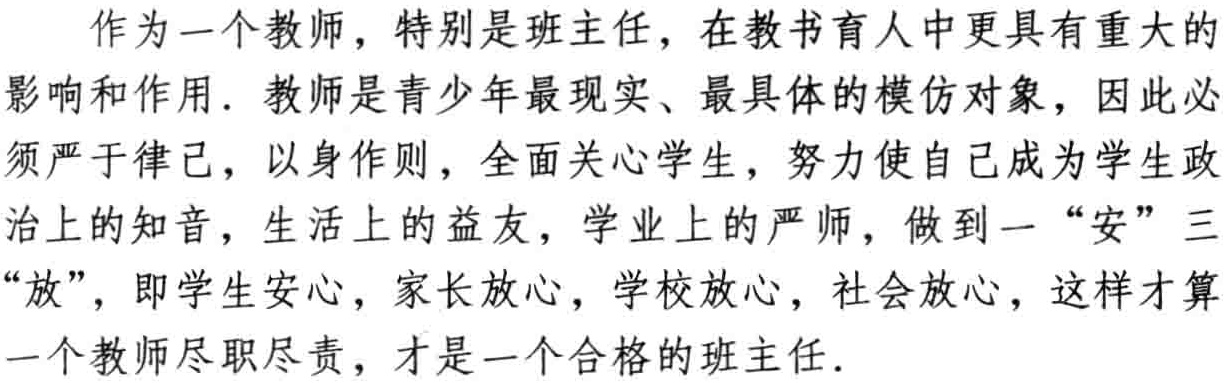
作为一个教师，特别是班主任，在教书育人中更具有重大的

影响和作用. 教师是青少年最现实、最具体的模仿对象，因此必

须严于律己，以身作则，全面关心学生，努力使自己成为学生政

治上的知音，生活上的益友，学业上的严师，做到一“安”三

“放”，即学生安心，家长放心，学校放心，社会放心，这样才算

一个教师尽职尽责，才是一个合格的班主任.